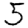
Digit: 5